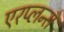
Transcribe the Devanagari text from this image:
एरप्लन्स